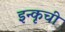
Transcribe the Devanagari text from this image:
इन्कृची